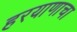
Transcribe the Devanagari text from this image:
हरयाणाचा